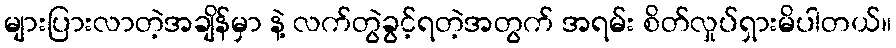
များပြားလာတဲ့အချိန်မှာ နဲ့ လက်တွဲခွင့်ရတဲ့အတွက် အရမ်း စိတ်လှုပ်ရှားမိပါတယ်။